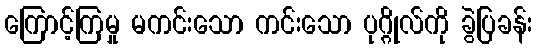
ကြောင့်ကြမှု မကင်းသော ကင်းသော ပုဂ္ဂိုလ်ကို ခွဲပြခန်း